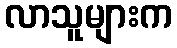
လာသူများက